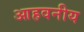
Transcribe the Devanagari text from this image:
आहवनीय